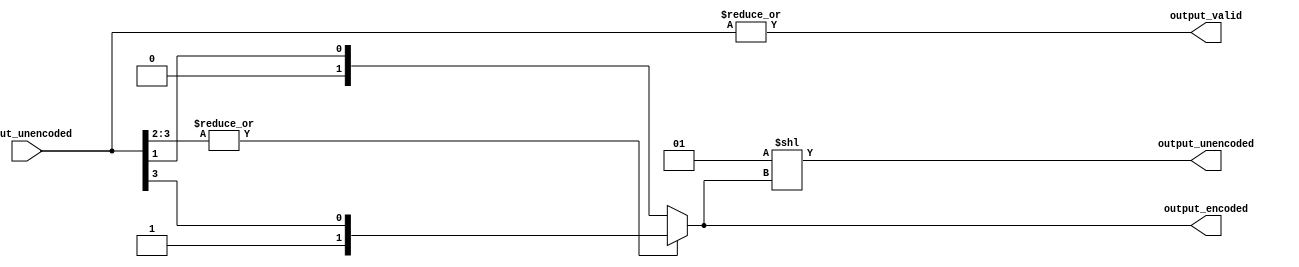
/*

Copyright (c) 2014-2021 Alex Forencich

Permission is hereby granted, free of charge, to any person obtaining a copy
of this software and associated documentation files (the "Software"), to deal
in the Software without restriction, including without limitation the rights
to use, copy, modify, merge, publish, distribute, sublicense, and/or sell
copies of the Software, and to permit persons to whom the Software is
furnished to do so, subject to the following conditions:

The above copyright notice and this permission notice shall be included in
all copies or substantial portions of the Software.

THE SOFTWARE IS PROVIDED "AS IS", WITHOUT WARRANTY OF ANY KIND, EXPRESS OR
IMPLIED, INCLUDING BUT NOT LIMITED TO THE WARRANTIES OF MERCHANTABILITY
FITNESS FOR A PARTICULAR PURPOSE AND NONINFRINGEMENT. IN NO EVENT SHALL THE
AUTHORS OR COPYRIGHT HOLDERS BE LIABLE FOR ANY CLAIM, DAMAGES OR OTHER
LIABILITY, WHETHER IN AN ACTION OF CONTRACT, TORT OR OTHERWISE, ARISING FROM,
OUT OF OR IN CONNECTION WITH THE SOFTWARE OR THE USE OR OTHER DEALINGS IN
THE SOFTWARE.

*/

// Language: Verilog 2001

`resetall
`timescale 1ns / 1ps
`default_nettype wire

/*
 * Priority encoder module
 */
module priority_encoder #
(
    parameter WIDTH = 4,
    // LSB priority selection
    parameter LSB_HIGH_PRIORITY = 0
)
(
    input  wire [WIDTH-1:0]         input_unencoded,
    output wire                     output_valid,
    output wire [$clog2(WIDTH)-1:0] output_encoded,
    output wire [WIDTH-1:0]         output_unencoded
);

parameter LEVELS = WIDTH > 2 ? $clog2(WIDTH) : 1;
parameter W = 2**LEVELS;

// pad input to even power of two
wire [W-1:0] input_padded = {{W-WIDTH{1'b0}}, input_unencoded};

wire [W/2-1:0] stage_valid[LEVELS-1:0];
wire [W/2-1:0] stage_enc[LEVELS-1:0];

generate
    genvar l, n;

    // process input bits; generate valid bit and encoded bit for each pair
    for (n = 0; n < W/2; n = n + 1) begin : loop_in
        assign stage_valid[0][n] = |input_padded[n*2+1:n*2];
        if (LSB_HIGH_PRIORITY) begin
            // bit 0 is highest priority
            assign stage_enc[0][n] = !input_padded[n*2+0];
        end else begin
            // bit 0 is lowest priority
            assign stage_enc[0][n] = input_padded[n*2+1];
        end
    end

    // compress down to single valid bit and encoded bus
    for (l = 1; l < LEVELS; l = l + 1) begin : loop_levels
        for (n = 0; n < W/(2*2**l); n = n + 1) begin : loop_compress
            assign stage_valid[l][n] = |stage_valid[l-1][n*2+1:n*2];
            if (LSB_HIGH_PRIORITY) begin
                // bit 0 is highest priority
                assign stage_enc[l][(n+1)*(l+1)-1:n*(l+1)] = stage_valid[l-1][n*2+0] ? {1'b0, stage_enc[l-1][(n*2+1)*l-1:(n*2+0)*l]} : {1'b1, stage_enc[l-1][(n*2+2)*l-1:(n*2+1)*l]};
            end else begin
                // bit 0 is lowest priority
                assign stage_enc[l][(n+1)*(l+1)-1:n*(l+1)] = stage_valid[l-1][n*2+1] ? {1'b1, stage_enc[l-1][(n*2+2)*l-1:(n*2+1)*l]} : {1'b0, stage_enc[l-1][(n*2+1)*l-1:(n*2+0)*l]};
            end
        end
    end
endgenerate

assign output_valid = stage_valid[LEVELS-1];
assign output_encoded = stage_enc[LEVELS-1];
assign output_unencoded = 1 << output_encoded;

endmodule

`resetall